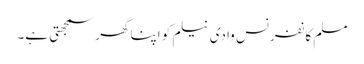
مسلم کانفرنس وادی نیلم کو اپنا گھر سمجھتی ہے۔